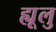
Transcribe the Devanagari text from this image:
ह्यूलु